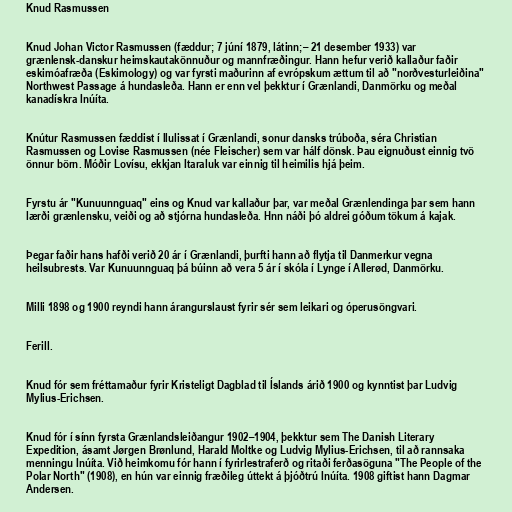
Knud Rasmussen

Knud Johan Victor Rasmussen (fæddur; 7 júní 1879, látinn;– 21 desember 1933) var
grænlensk-danskur heimskautakönnuður og mannfræðingur. Hann hefur verið kallaður faðir
eskimóafræða (Eskimology) og var fyrsti maðurinn af evrópskum ættum til að "norðvesturleiðina"
Northwest Passage á hundasleða. Hann er enn vel þekktur í Grænlandi, Danmörku og meðal
kanadískra Inúíta.

Knútur Rasmussen fæddist í Ilulissat í Grænlandi, sonur dansks trúboða, séra Christian
Rasmussen og Lovise Rasmussen (née Fleischer) sem var hálf dönsk. Þau eignuðust einnig tvö
önnur börn. Móðir Lovísu, ekkjan Itaraluk var einnig til heimilis hjá þeim.

Fyrstu ár "Kunuunnguaq" eins og Knud var kallaður þar, var meðal Grænlendinga þar sem hann
lærði grænlensku, veiði og að stjórna hundasleða. Hnn náði þó aldrei góðum tökum á kajak.

Þegar faðir hans hafði verið 20 ár í Grænlandi, þurfti hann að flytja til Danmerkur vegna
heilsubrests. Var Kunuunnguaq þá búinn að vera 5 ár í skóla í Lynge í Allerød, Danmörku.

Milli 1898 og 1900 reyndi hann árangurslaust fyrir sér sem leikari og óperusöngvari.

Ferill.

Knud fór sem fréttamaður fyrir Kristeligt Dagblad til Íslands árið 1900 og kynntist þar Ludvig
Mylius-Erichsen.

Knud fór í sínn fyrsta Grænlandsleiðangur 1902–1904, þekktur sem The Danish Literary
Expedition, ásamt Jørgen Brønlund, Harald Moltke og Ludvig Mylius-Erichsen, til að rannsaka
menningu Inúíta. Við heimkomu fór hann í fyrirlestraferð og ritaði ferðasöguna "The People of the
Polar North" (1908), en hún var einnig fræðileg úttekt á þjóðtrú Inúíta. 1908 giftist hann Dagmar
Andersen.